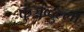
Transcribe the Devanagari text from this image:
कुंञ्जब्दुल्ला